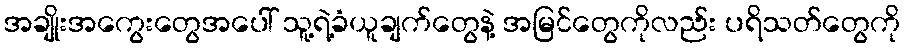
အချိုးအကွေးတွေအပေါ် သူ့ရဲ့ခံယူချက်တွေနဲ့ အမြင်တွေကိုလည်း ပရိသတ်တွေကို